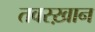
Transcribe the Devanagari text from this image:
तवस्ख़ान